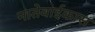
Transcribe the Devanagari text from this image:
नातेवाईकास